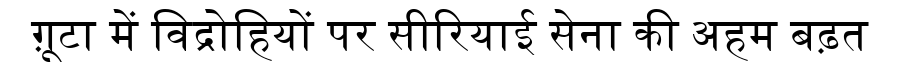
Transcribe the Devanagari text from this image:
ग़ूटा में विद्रोहियों पर सीरियाई सेना की अहम बढ़त